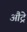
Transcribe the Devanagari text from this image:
औट्रे